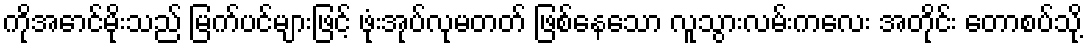
ကိုအောင်မိုးသည် မြက်ပင်များဖြင့် ဖုံးအုပ်လုမတတ် ဖြစ်နေသော လူသွားလမ်းကလေး အတိုင်း တောစပ်သို့